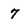
Character: 7